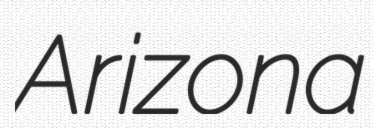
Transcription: Arizona